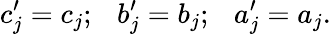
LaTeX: c_{j}^{\prime}=c_{j};\ \ \ b_{j}^{\prime}=b_{j};\ \ \ a_{j}^{\prime}=a_{j}.